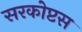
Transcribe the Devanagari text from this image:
सरकोप्टस